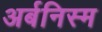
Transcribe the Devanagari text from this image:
अर्बनिस्म